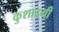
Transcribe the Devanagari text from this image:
कुशादगी